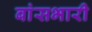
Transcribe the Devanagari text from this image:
बांसभारी